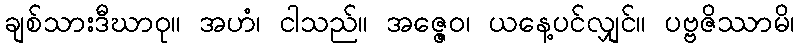
ချစ်သားဒီဃာဝု။ အဟံ၊ ငါသည်။ အဇ္ဇေဝ၊ ယနေ့ပင်လျှင်။ ပဗ္ဗဇိဿာမိ၊